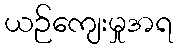
ယဉ်ကျေးမှုအရ